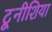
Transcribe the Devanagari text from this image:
टूनीशिया